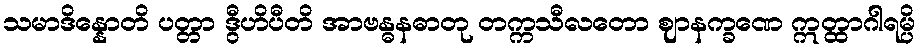
သမာဒိန္နောတိ ပတ္တာ ဒွီဟိပီတိ အာဗန္ဓနဓာတု တက္ကသီလတော ဈာနက္ခဏေ ဣတ္ထာဂါရမ္ပိ